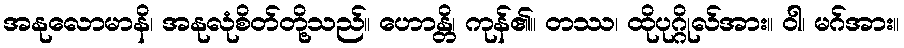
အနုလောမာနိ၊ အနုလုံစိတ်တို့သည်။ ဟောန္တိ၊ ကုန်၏။ တဿ၊ ထိုပုဂ္ဂိုလ်အား။ ဝါ၊ မဂ်အား။